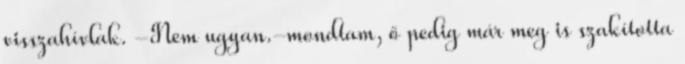
visszahívlak. -Nem ugyan.-mondtam, ő pedig már meg is szakította